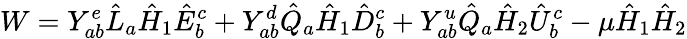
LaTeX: W=Y_{ab}^{e}\hat{L}_{a}\hat{H}_{1}\hat{E}_{b}^{c}+Y_{ab}^{d}\hat{Q}_{a}\hat{H}_{1}\hat{D}_{b}^{c}+Y_{ab}^{u}\hat{Q}_{a}\hat{H}_{2}\hat{U}_{b}^{c}-\mu\hat{H}_{1}\hat{H}_{2}